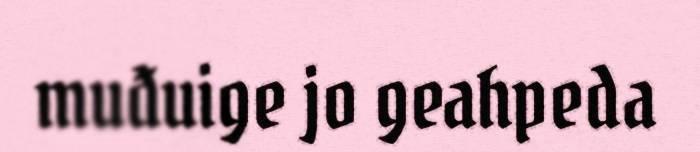
muđuige jo geahpeda